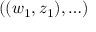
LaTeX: ( ( w _ { 1 } , z _ { 1 } ) , \ldots )